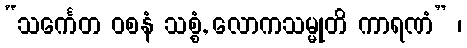
“သင်္ကေတ ဝစနံ သစ္စံ, လောကသမ္မုတိ ကာရဏံ” ၊